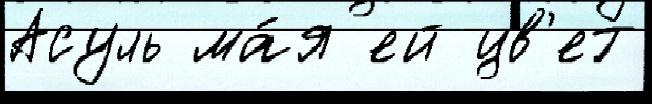
Асуль ма́я ей цв'ет